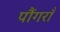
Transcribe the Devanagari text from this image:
पौंगराँ